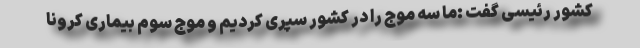
کشور رئیسی گفت :ما سه موج را در کشور سپری کردیم و موج سوم بیماری کرونا